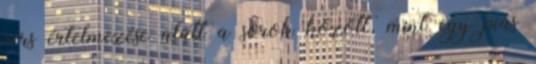
vers értelmezése alatt a sorok között, mint egy piás